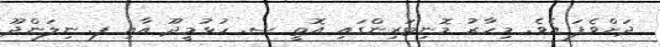
ދަށްވެފަ އެވެ. މިހާރު މޮނިޓަރިންގައި އޮތީ ސ. ހުޅުމީދޫ އާއި ފ. ނިލަންދޫ